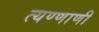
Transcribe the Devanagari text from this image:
त्यण्णाणी